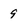
Character: 9